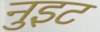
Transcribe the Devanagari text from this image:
नुइट